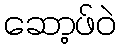
ဆော့ဖ်ဝဲ